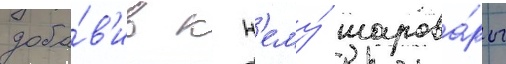
доба́в'ив к н'ему́ шарова́ры